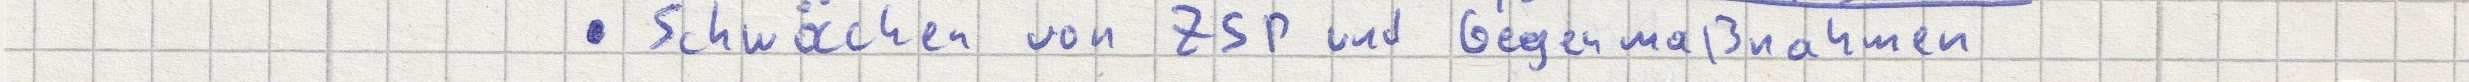
- Schwächen von ZSP und Gegenmaßnahmen